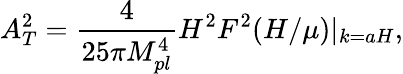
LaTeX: A_{T}^{2}=\frac{4}{25\pi M_{pl}^{4}}H^{2}F^{2}(H/\mu)|_{k=aH},